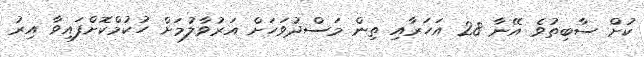
ކުށް ސާބިތުވެ އޭނާ 28 އަހަރާއި ތިން މަސްދުވަހަށް އަރުވާލުމަށް ހުކުމްކޮށްފައިވާ އިރު